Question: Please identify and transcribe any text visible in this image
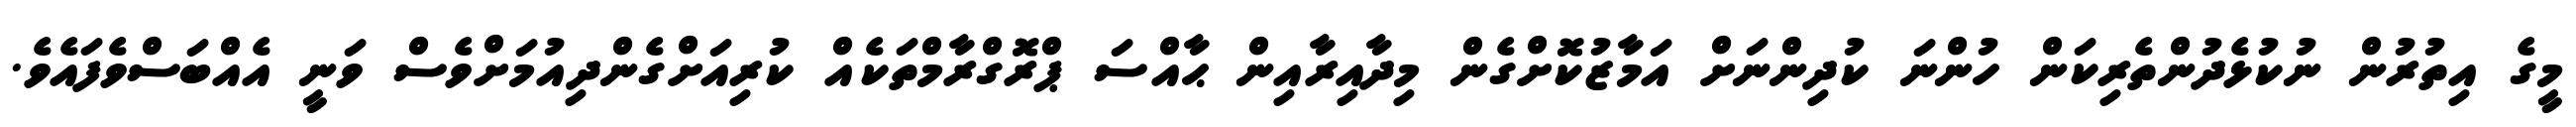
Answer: މީގެ އިތުރުން ނުކުޅެދުންތެރިކަން ހުންނަ ކުދިންނަށް އަމާޒުކޮށްގެން މިދާއިރާއިން ޙާއްސަ ޕްރޮގްރާމްތަކެއް ކުރިއަށްގެންދިއުމަށްވެސް ވަނީ އެއްބަސްވެފައެވެ.